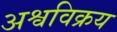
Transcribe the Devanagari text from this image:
अश्वविक्रय